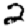
Digit: 2